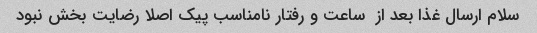
سلام ارسال غذا بعد از  ساعت و رفتار نامناسب پیک اصلا رضایت بخش نبود